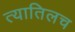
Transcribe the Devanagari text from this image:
त्यातिलच